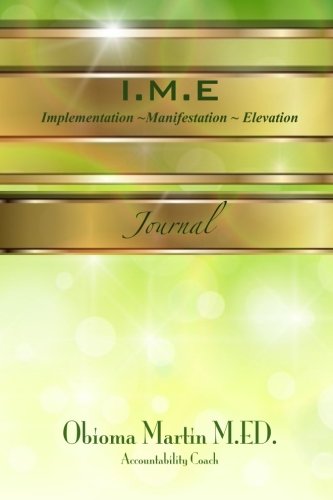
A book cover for I.M.E. Journal: Implementation, Manifestation, Elevation; Obioma Martin M.Ed; Calendars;